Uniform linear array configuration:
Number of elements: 48
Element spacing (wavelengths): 0.75
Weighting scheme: blackman
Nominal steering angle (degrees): -15
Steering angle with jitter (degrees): -16.04
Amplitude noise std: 0.05
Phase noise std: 0.05

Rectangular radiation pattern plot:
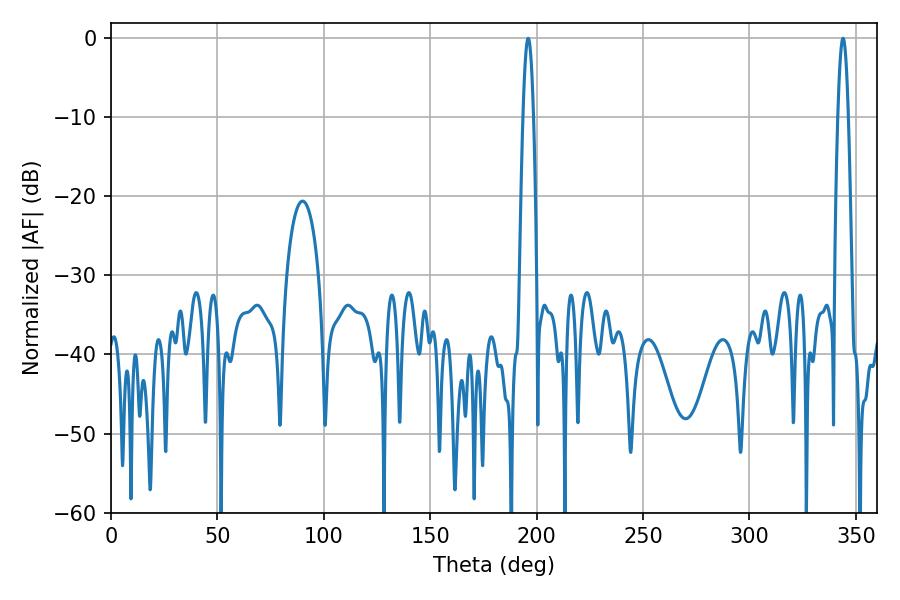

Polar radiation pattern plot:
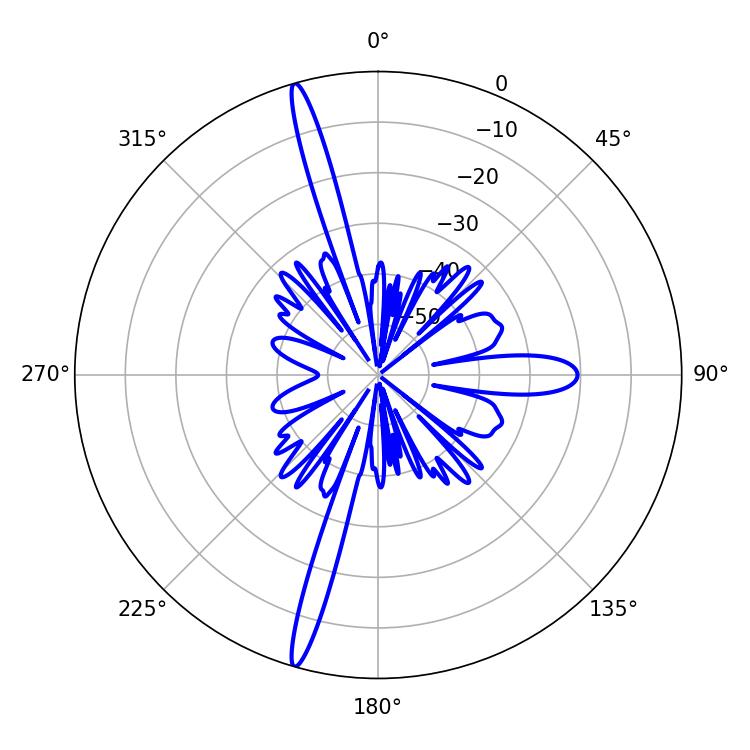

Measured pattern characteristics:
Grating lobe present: TRUE
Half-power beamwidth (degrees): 2.52
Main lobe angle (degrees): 196.02